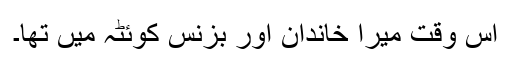
اس وقت میرا خاندان اور بزنس کوئٹہ میں تھا۔